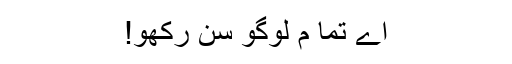
اے تما م لوگو سن رکھو!